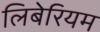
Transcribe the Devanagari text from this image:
लिबेरियम